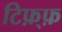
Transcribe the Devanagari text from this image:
टिफ़्फ़